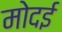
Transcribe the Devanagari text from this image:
मोदई